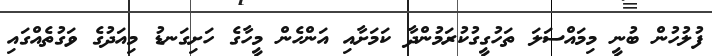
ފުލުހުން ބުނީ މިމައްސަލަ ތަހުގީގުކުރަމުންދާ ކަމަށާއި އަންހެން މީހާގެ ހަށިގަނޑު މިއަދުގެ ވަގުތެއްގައި